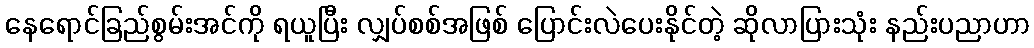
နေရောင်ခြည်စွမ်းအင်ကို ရယူပြီး လျှပ်စစ်အဖြစ် ပြောင်းလဲပေးနိုင်တဲ့ ဆိုလာပြားသုံး နည်းပညာဟာ